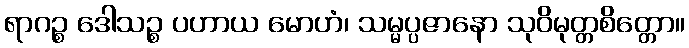
ရာဂဉ္စ ဒေါသဉ္စ ပဟာယ မောဟံ၊ သမ္မပ္ပဇာနော သုဝိမုတ္တစိတ္တော။